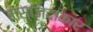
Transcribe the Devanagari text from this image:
मस्जिदाकार